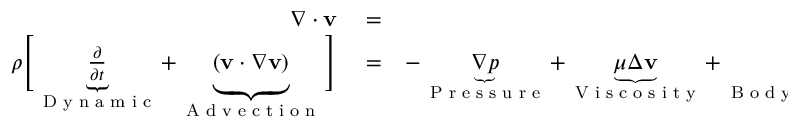
\begin{array} { r l r } { \nabla \cdot \mathbf { v } } & { { } = } & { 0 } \\ { \rho \Bigg [ \underbrace { \frac { \partial \v } { \partial t } } _ { \textrm { D y n a m i c } } + \underbrace { \vphantom { \frac { 1 } { \partial } } ( \mathbf { v } \cdot \nabla \mathbf { v } ) } _ { \textrm { A d v e c t i o n } } \Bigg ] } & { { } = } & { - \underbrace { \nabla p } _ { \textrm { P r e s s u r e } } + \underbrace { \mu \Delta \mathbf { v } } _ { \textrm { V i s c o s i t y } } + \underbrace { \rho \mathbf { b } } _ { \textrm { B o d y F o r c e s } } } \end{array}